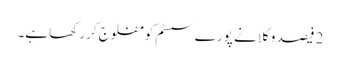
2 فیصد وکلا نے پورےسسٹم کو مفلوج کررکھا ہے۔